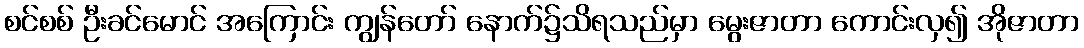
စင်စစ် ဦးခင်မောင် အကြောင်း ကျွန်တော် နောက်၌သိရသည်မှာ မွေးဇာတာ ကောင်းလှ၍ အိုဇာတာ